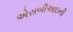
એસબીઆઇની